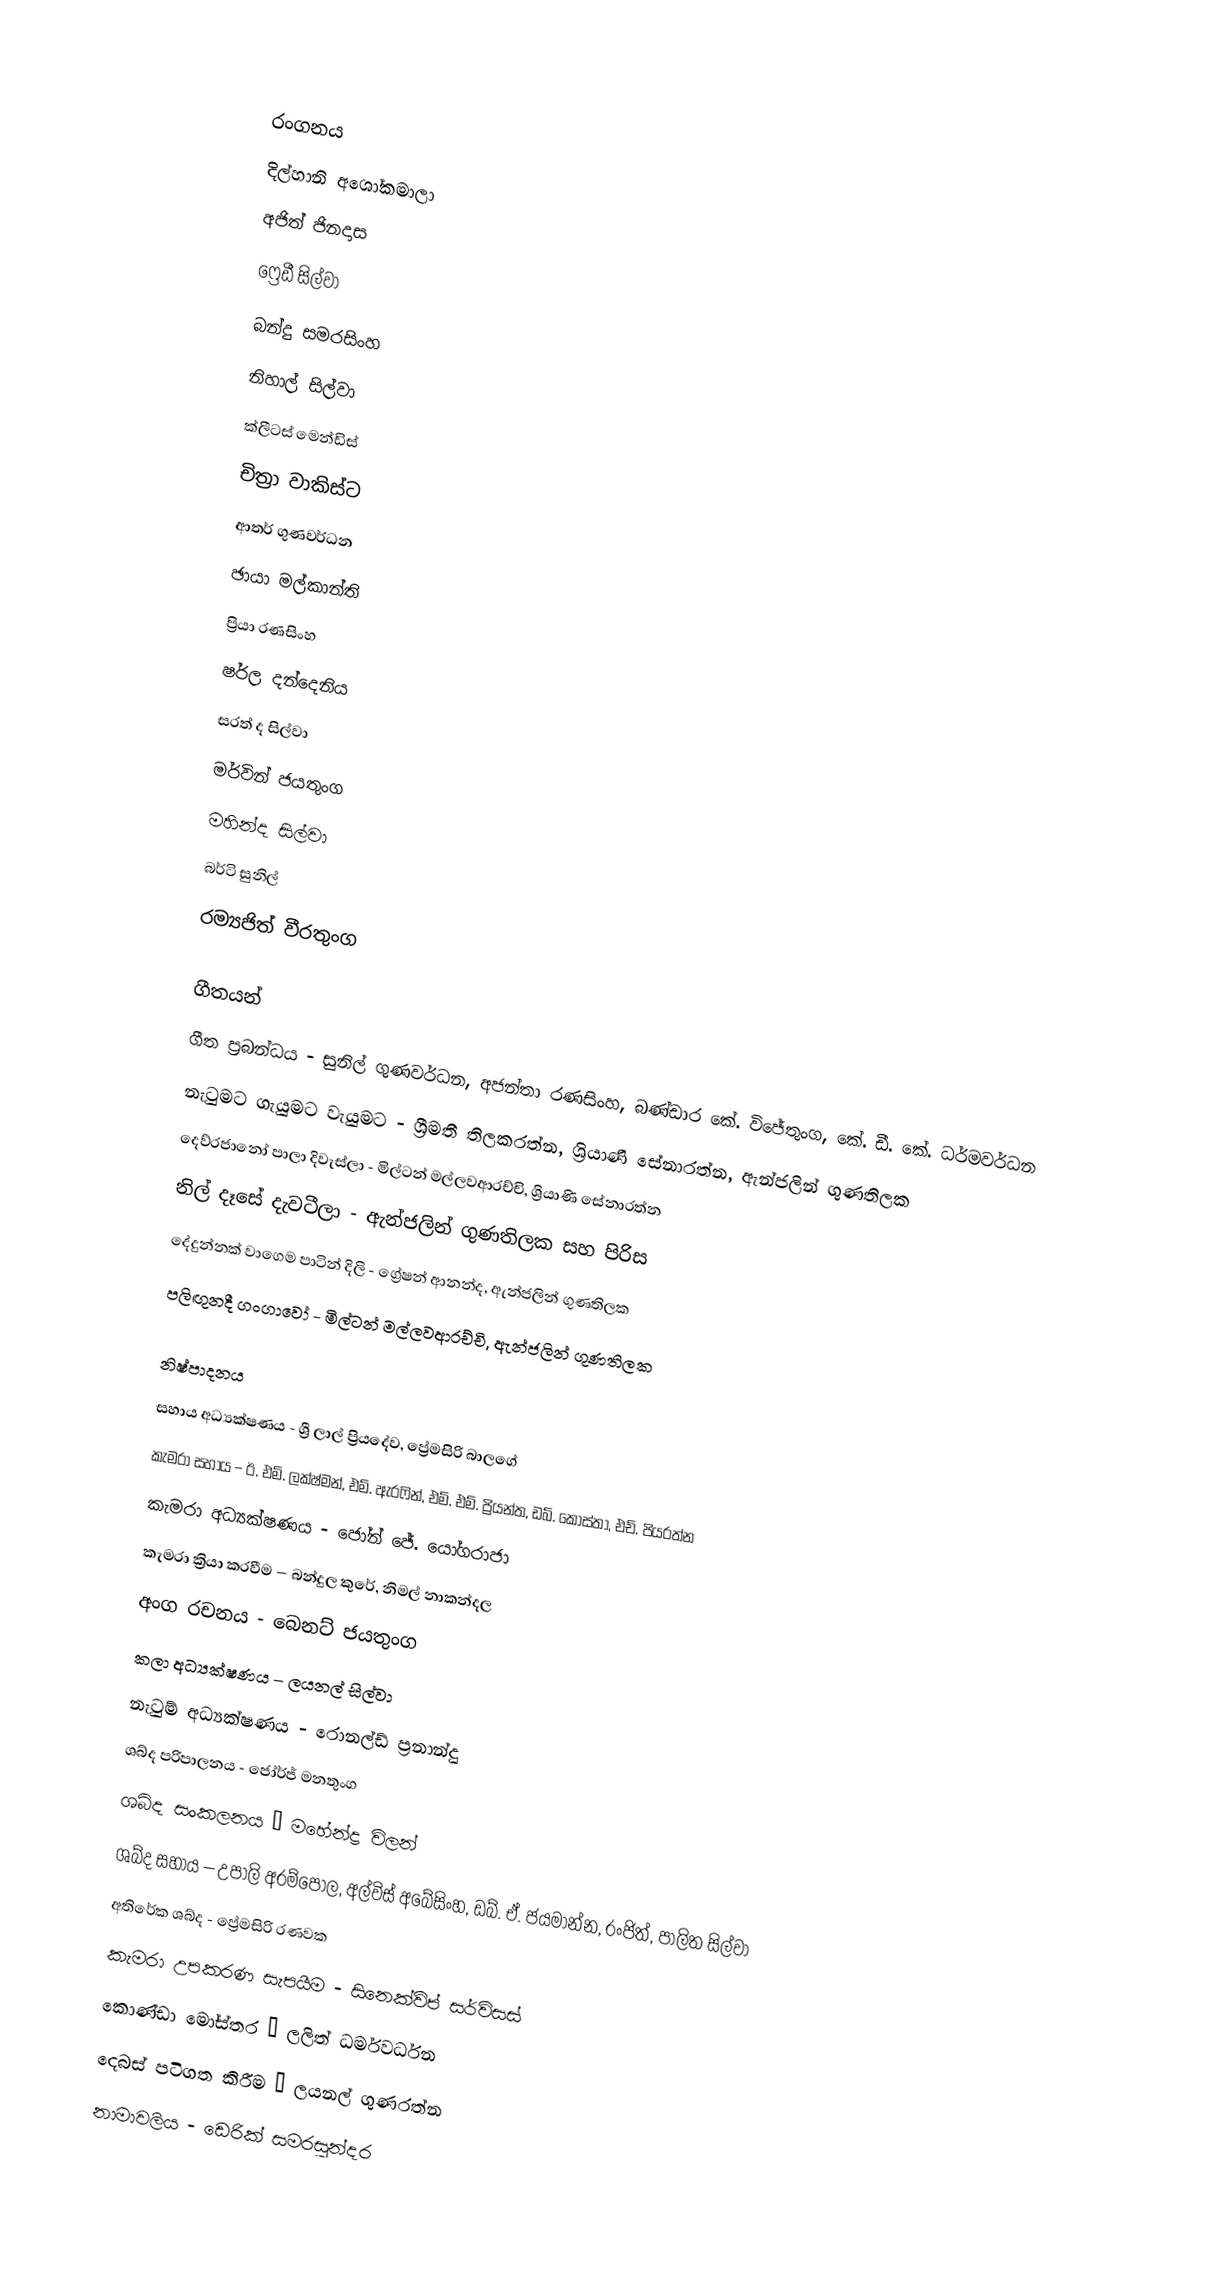

රංගනය
දිල්හානි අශෝකමාලා
අජිත් ජිනදාස
ෆ්‍රෙඩී සිල්වා
බන්දු සමරසිංහ
නිහාල් සිල්වා
ක්ලීටස් මෙන්ඩිස්
චිත්‍රා වාකිස්ට
ආතර් ගුණවර්ධන
ඡායා මල්කාන්ති
ප්‍රියා රණසිංහ
ෂර්ල දන්දෙනිය
සරත් ද සිල්වා
මර්වින් ජයතුංග
මහින්ද සිල්වා
බර්ටි සුනිල්
රම්‍යජිත් වීරතුංග

ගීතයන්
ගීත ප්‍රබන්ධය - සුනිල් ගුණවර්ධන, අජන්තා රණසිංහ, බණ්ඩාර කේ. විජේතුංග, කේ. ඩී. කේ. ධර්මවර්ධන
නැටුමට ගැයුමට වැයුමට - ශ්‍රීමතී තිලකරත්න, ශ්‍රියාණි සේනාරත්න, ඇන්ජලින් ගුණතිලක
දෙව්රජානෝ පාලා දිවැස්ලා - මිල්ටන් මල්ලවආරච්චි, ශ්‍රියාණි සේනාරත්න
නිල් දෑසේ දැවටීලා - ඇන්ජලින් ගුණතිලක සහ පිරිස
දේදුන්නක් වාගෙම පාටින් දිලි - ග්‍රේෂන් ආනන්ද, ඇන්ජලින් ගුණතිලක
පලිඟුනදී ගංගාවෝ - මිල්ටන් මල්ලවආරච්චි, ඇන්ජලින් ගුණතිලක

නිෂ්පාදනය
සහාය අධ්‍යක්ෂණය - ශ්‍රී ලාල් ප්‍රියදේව, ප්‍රේමසිරි බාලගේ
කැමරා සහාය – ඊ. එම්. ලක්ෂ්මන්, එම්. ඇරෆින්, එම්. එම්. ප්‍රියන්ත, ඩබ්. කොස්තා, එච්. පියරත්න
කැමරා අධ්‍යක්ෂණය - ජෝන් ජේ. යෝගරාජා
කැමරා ක්‍රියා කරවීම – බන්දුල කුරේ, නිමල් නාකන්දල
අංග රචනය - බෙනට් ජයතුංග
කලා අධ්‍යක්ෂණය – ලයනල් සිල්වා
නැටුම් අධ්‍යක්ෂණය - රොනල්ඩ් ප්‍රනාන්දු
ශබ්ද පරිපාලනය - ජෝර්ජ් මනතුංග
ශබ්ද සංකලනය – මහේන්ද්‍ර විලන්
ශබ්ද සහාය – උපාලි අරම්පොල, අල්විස් අබේසිංහ, ඩබ්. ඒ. ජයමාන්න, රංජිත්, පාලිත සිල්වා
අතිරේක ශබ්ද - ප්‍රේමසිරි රණවක
කැමරා උපකරණ සැපයීම - සිනෙක්විප් සර්විසස්
කොණ්ඩා මෝස්තර – ලලිත් ධර්මවර්ධන
දෙබස් පටිගත කිරීම – ලයනල් ගුණරත්න
නාමාවලිය - ඩෙරික් සමරසුන්දර